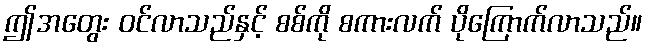
ဤအတွေး ဝင်လာသည်နှင့် စစ်ကို စကားလက် ပိုကြောက်လာသည်။